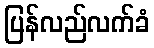
ပြန်လည်လက်ခံ